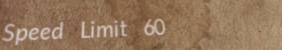
Speed Limit 60